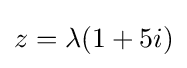
z=\lambda (1+5i)